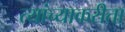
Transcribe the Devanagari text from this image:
त्यांच्याकरीता